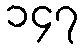
၁၄၇